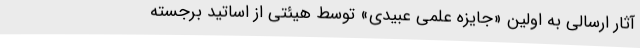
آثار ارسالی به اولین «جایزه علمی عبیدی» توسط هیئتی از اساتید برجسته